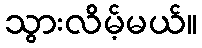
သွားလိမ့်မယ်။